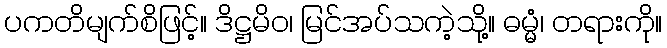
ပကတိမျက်စိဖြင့်။ ဒိဋ္ဌမိဝ၊ မြင်အပ်သကဲ့သို့။ ဓမ္မံ၊ တရားကို။